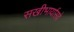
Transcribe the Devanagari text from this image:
सखीभार्यासवे